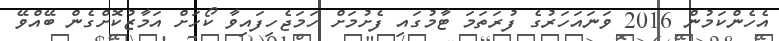
އެހެންކަމުން 2016 ވަނައަހަރުގެ ފުރަތަމަ ޓާމުގައި ފެށުމަށް ހަމަޖެހިފައިވާ ކޯހަށް އަމާޒުކޮށްގެން ބޭއްވޭ